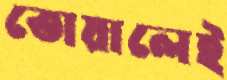
তোয়ালেই